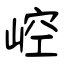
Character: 崆